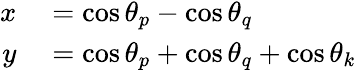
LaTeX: \begin{array}{rl}{x}&{{}=\cos\theta_{p}-\cos\theta_{q}}\\ {y}&{{}=\cos\theta_{p}+\cos\theta_{q}+\cos\theta_{k}}\end{array}